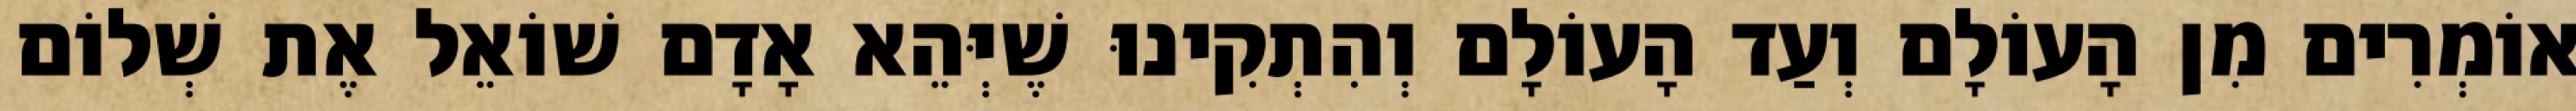
אוֹמְרִים מִן הָעוֹלָם וְעַד הָעוֹלָם וְהִתְקִינוּ שֶׁיְּהֵא אָדָם שׁוֹאֵל אֶת שְׁלוֹם